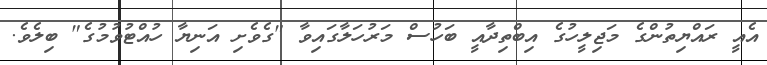
އެއީ ރައްޔިތުންގެ މަޖިލީހުގެ އިބްތިދާއީ ބަހުސް މަރުހަލާގައިވާ "ގެވެށި އަނިޔާ ހުއްޓުވުމުގެ" ބިލެވެ.